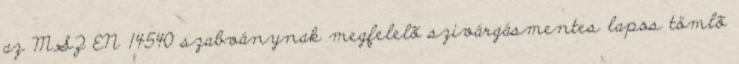
az MSZ EN 14540 szabványnak megfelelõ szivárgásmentes lapos tömlõ